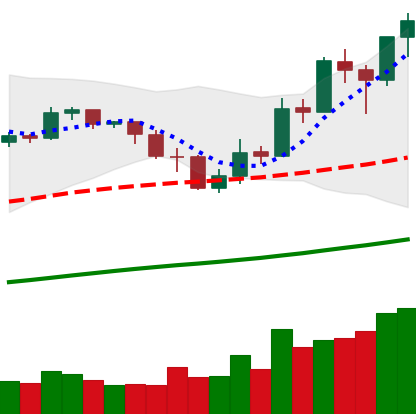
Ticker: BNB-USD
Chart end date: 2019-05-19
Forward return: 15.057%
Label: up_7plus